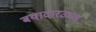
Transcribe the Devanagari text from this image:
बयादारउघड